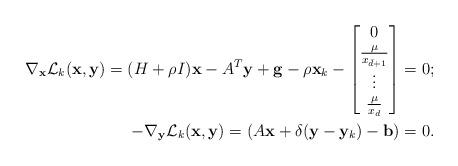
LaTeX: \begin{align*}\nabla_{\mathbf{x}}\mathcal{L}_k(\mathbf{x},\mathbf{y})=(H+ \rho I )\mathbf{x}-A^T \mathbf{y}+\mathbf{g} -\rho{\mathbf{x}_k} - \begin{bmatrix}0 \\\frac{\mu}{x_{\bar{d}+1}} \\\vdots \\\frac{\mu}{x_{d}}\end{bmatrix} =0 ; \\-\nabla_{\mathbf{y}}\mathcal{L}_k(\mathbf{x}, \mathbf{y}) = (A\mathbf{x}+\delta (\mathbf{y}-\mathbf{y}_k) -\mathbf{b})=0 . \end{align*}